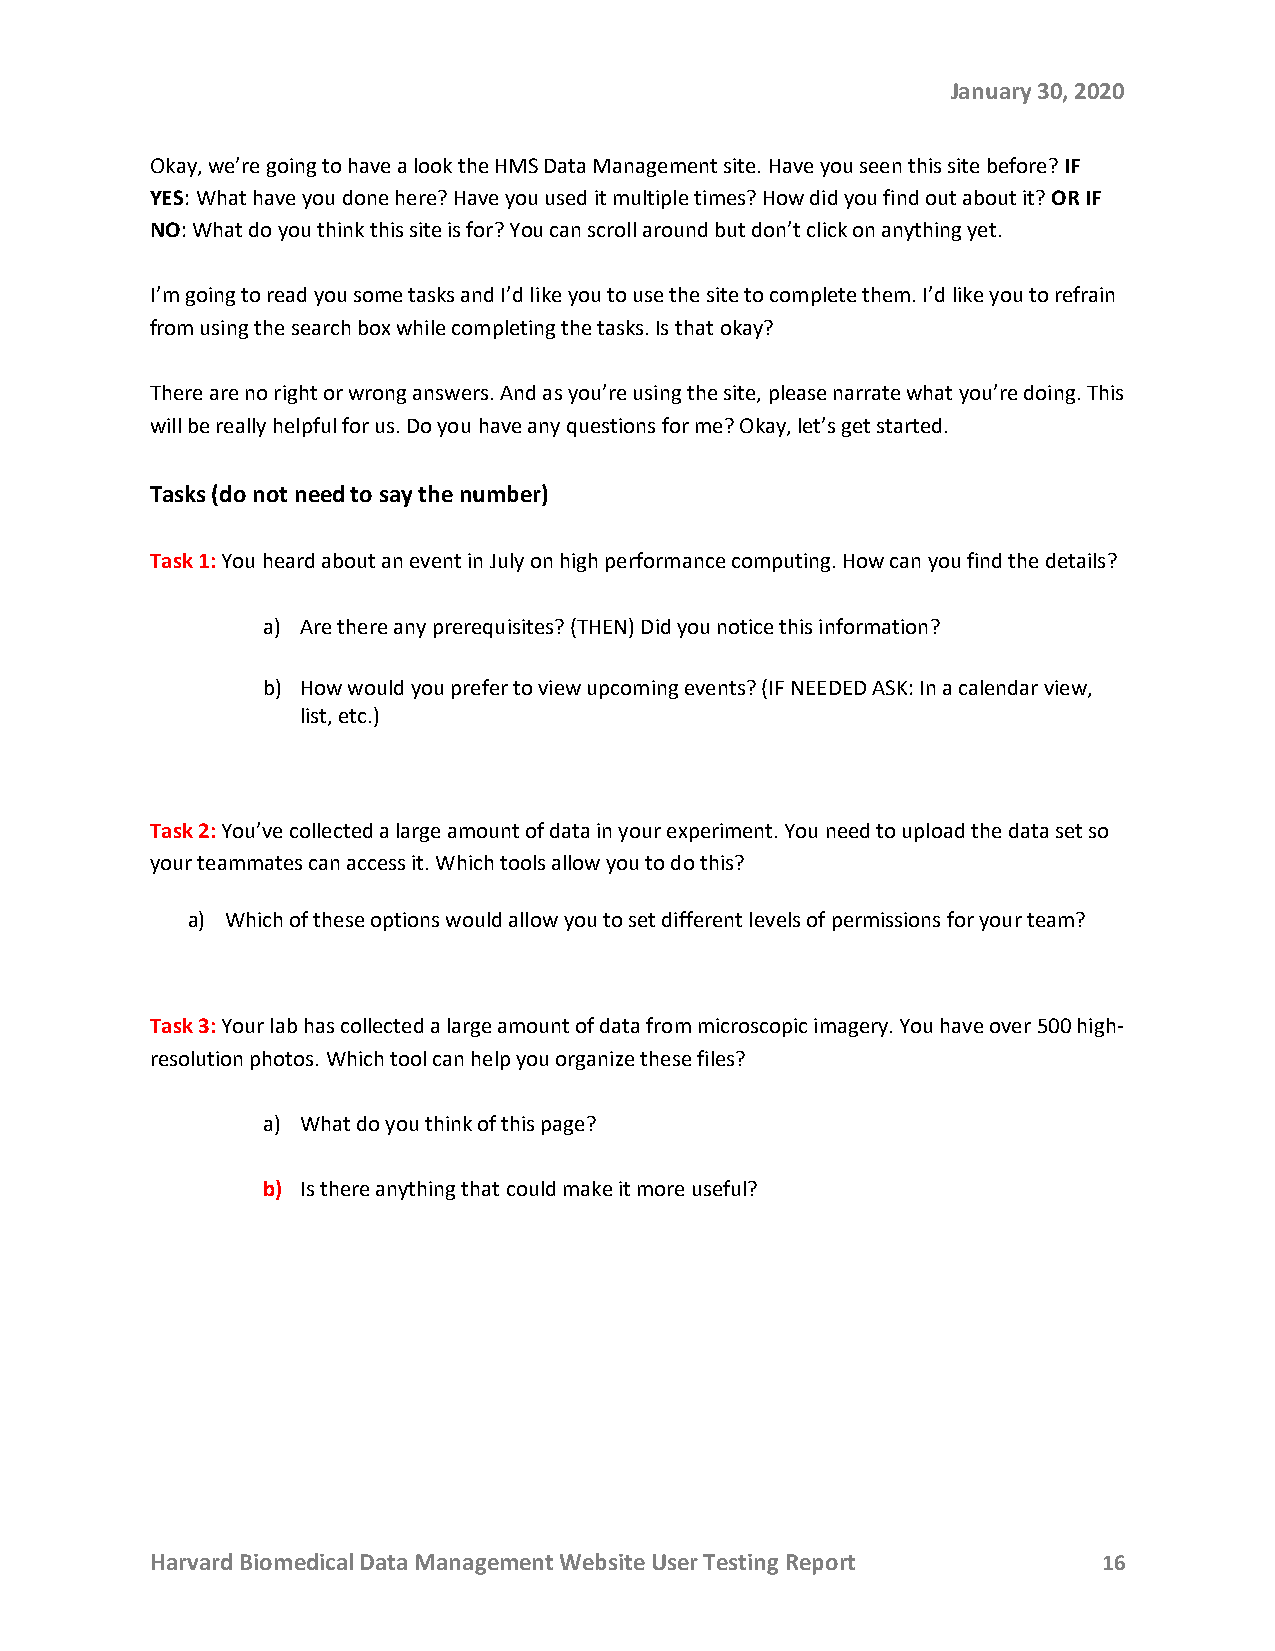
January 30, 2020
 Okay, we’re going to have a look the HMS Data Management site. Have you seen this site before? IF
 YES: What have you done here? Have you used it multiple times? How did you find out about it? OR IF
 NO: What do you think this site is for? You can scroll around but don’t click on anything yet.
 I’m going to read you some tasks and I’d like you to use the site to complete them. I’d like you to refrain
 from using the search box while completing the tasks. Is that okay?
 There are no right or wrong answers. And as you’re using the site, please narrate what you’re doing. This
 will be really helpful for us. Do you have any questions for me? Okay, let’s get started.
 Tasks (do not need to say the number)
 Task 1: You heard about an event in July on high performance computing. How can you find the details?
 a) Are there any prerequisites? (THEN) Did you notice this information?
 b) How would you prefer to view upcoming events? (IF NEEDED ASK: In a calendar view,
 list, etc.)
 Task 2: You’ve collected a large amount of data in your experiment. You need to upload the data set so
 your teammates can access it. Which tools allow you to do this?
 a) Which of these options would allow you to set different levels of permissions for your team?
 Task 3: Your lab has collected a large amount of data from microscopic imagery. You have over 500 high-
 resolution photos. Which tool can help you organize these files?
 a) What do you think of this page?
 b) Is there anything that could make it more useful?
 Harvard Biomedical Data Management Website User Testing Report 16